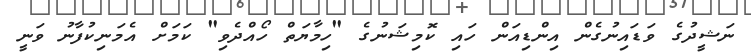
ނަޝީދުގެ ވަޑައިނުގެން އިންޑިއަން ހައި ކޮމިޝަނުގެ "ހިމާޔަތް ހޯއްދެވި" ކަމަށް އެމަނިކުފާނު ވަނީ